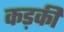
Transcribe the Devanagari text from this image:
कड़की